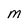
Character: M